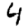
Digit: 4